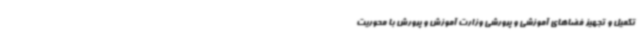
تکمیل و تجهیز فضاهای آموزشی و پرورشی وزارت آموزش و پرورش با محوریت